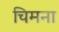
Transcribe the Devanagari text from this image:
चिमना